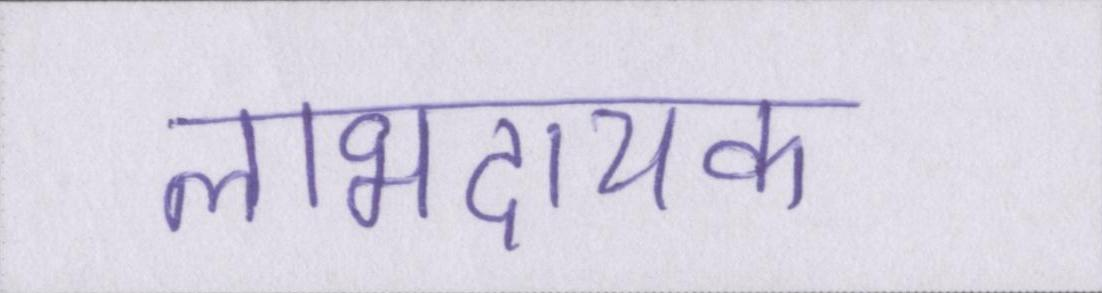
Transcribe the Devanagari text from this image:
लाभदायक